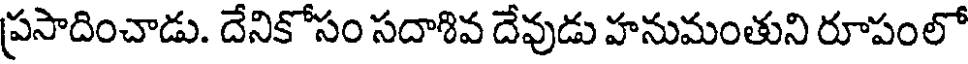
ప్రసాదించాడు. దేనికోసం సదాశివ దేవుడు హనుమంతుని రూపంలో